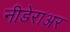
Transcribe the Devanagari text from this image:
नीडेराअर